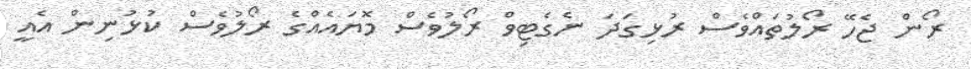
ރޯން ޖެހޭ ރޯލުތައްވެސް ރުޅިގަދަ ނެގެޓިވް ރޯލުވެސް މޮޔައެއްގެ ރޯލުވެސް ކުޅުނިން އެއީ